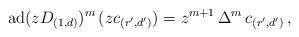
LaTeX: \begin{align*} \operatorname{ad}(z D_{(1,d)})^m \, (z c_{(r',d')}) = z^{m+1} \, \Delta^m \, c_{(r',d')} \, , \end{align*}